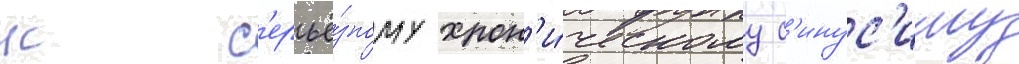
к с'ерьё́зному хрон'и́ческому с'инус'иту